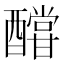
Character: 𨣛